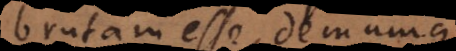
brutam esse, demumque